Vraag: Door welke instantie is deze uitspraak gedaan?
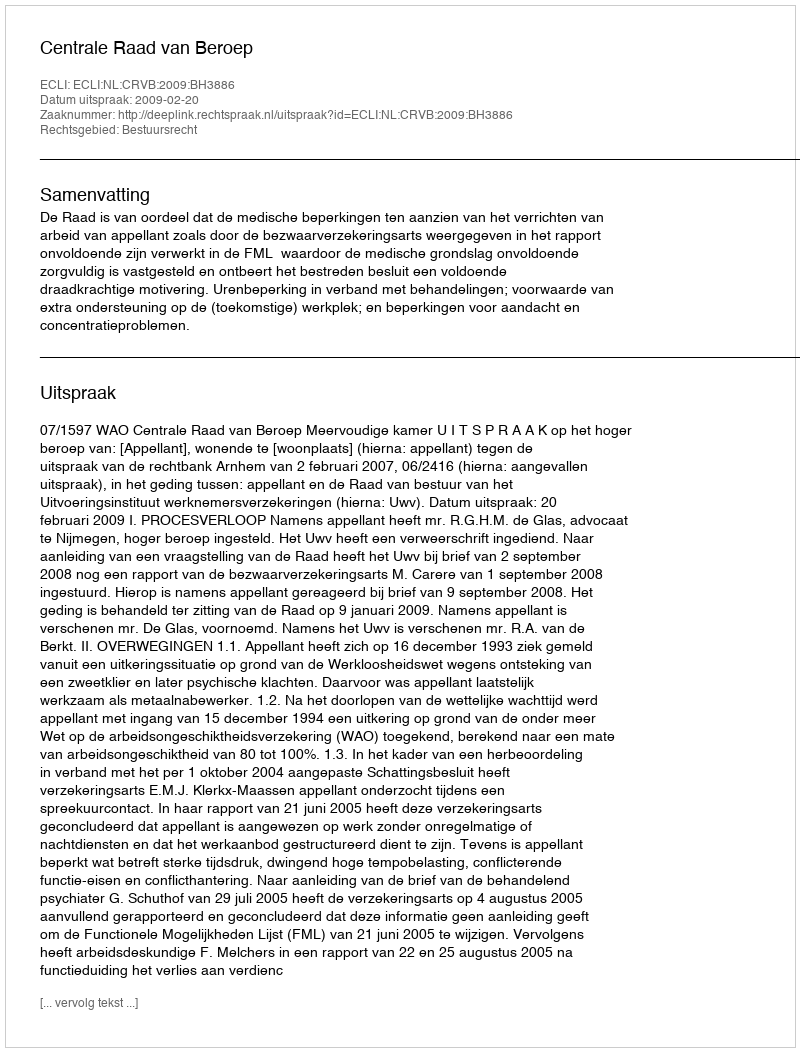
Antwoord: Centrale Raad van Beroep